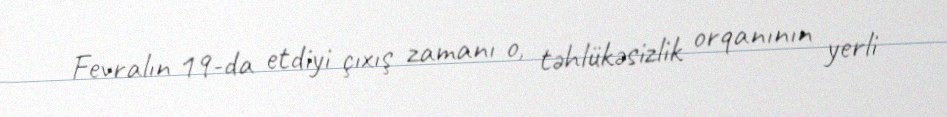
Fevralın 19-da etdiyi çıxış zamanı o, təhlükəsizlik orqanının yerli